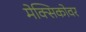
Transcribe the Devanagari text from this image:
मेक्सिकोवर